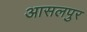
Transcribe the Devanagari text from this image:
आसलपुर